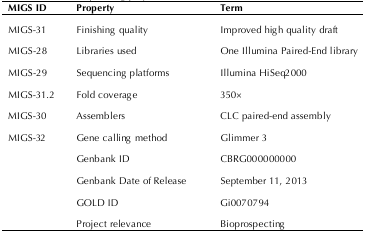
<table><thead><tr><td><b>MIGS ID</b></td><td><b>Property</b></td><td><b>Term</b></td></tr></thead><tbody><tr><td>MIGS-31</td><td>Finishing quality</td><td>Improved high quality draft</td></tr><tr><td>MIGS-28</td><td>Libraries used</td><td>One Illumina Paired-End library</td></tr><tr><td>MIGS-29</td><td>Sequencing platforms</td><td>Illumina HiSeq2000</td></tr><tr><td>MIGS-31.2</td><td>Fold coverage</td><td>350×</td></tr><tr><td>MIGS-30</td><td>Assemblers</td><td>CLC paired-end assembly</td></tr><tr><td>MIGS-32</td><td>Gene calling method</td><td>Glimmer 3</td></tr><tr><td></td><td>Genbank ID</td><td>CBRG000000000</td></tr><tr><td></td><td>Genbank Date of Release</td><td>September 11, 2013</td></tr><tr><td></td><td>GOLD ID</td><td>Gi0070794</td></tr><tr><td></td><td>Project relevance</td><td>Bioprospecting</td></tr></tbody></table>